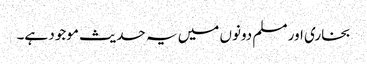
بخاری اور مسلم دونوں میں یہ حدیث موجود ہے۔